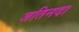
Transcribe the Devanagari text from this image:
जतिनदा